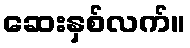
ဆေးနှစ်လက်။